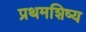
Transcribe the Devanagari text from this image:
प्रथमशिष्य